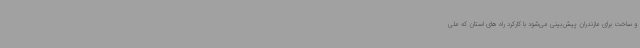
و ساخت برای مازندران پیش‌بینی می‌شود با کارکرد راه های استان که ملی